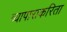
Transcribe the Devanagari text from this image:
व्यापाराकरिता